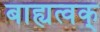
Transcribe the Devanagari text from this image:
बाह्यत्वक्